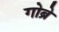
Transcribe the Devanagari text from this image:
गोब्रे